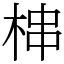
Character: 梙